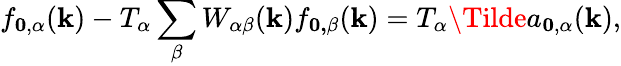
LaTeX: f_{\mathbf{0},\alpha}(\mathbf{k})-T_{\alpha}\sum_{\beta}W_{\alpha\beta}(\mathbf{k})f_{\mathbf{0,\beta}}(\mathbf{k})=T_{\alpha}\Tilde{a}_{\mathbf{0},\alpha}(\mathbf{k}),